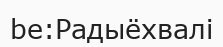
be:Радыёхвалі